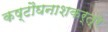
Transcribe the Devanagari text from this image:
कष्टौघनाशकर्त्रे